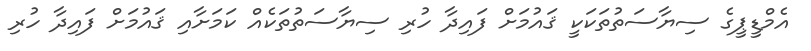
އެމްޑީޕީގެ ސިޔާސަތުތަކަކީ ޤައުމަށް ފައިދާ ހުރި ސިޔާސަތުތަކެއް ކަމަށާއި ޤައުމަށް ފައިދާ ހުރި